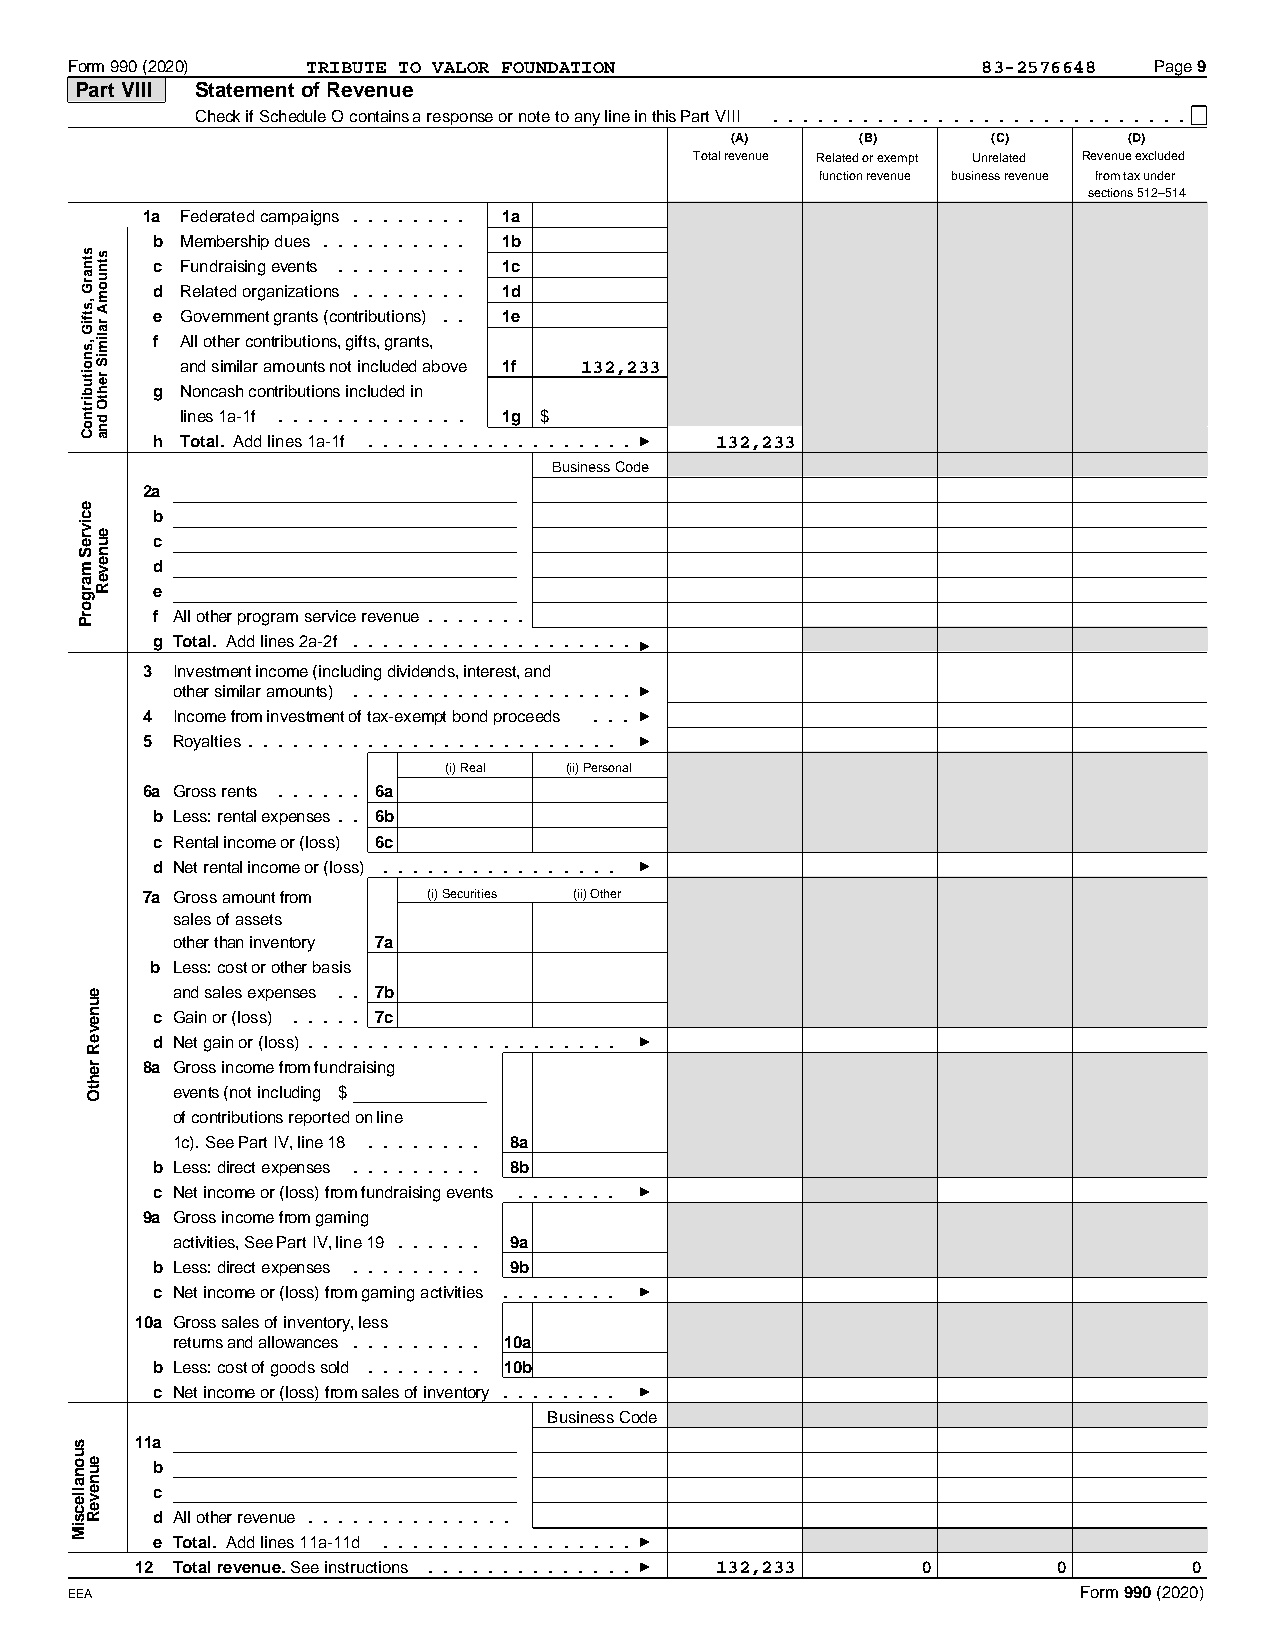
Form 990 (2020) TRIBUTE TO VALOR FOUNDATION                  83-2576648 Page 9
 Part VIII Statement of Revenue
 Check if Schedule O contains a response or note to any line in this Part VIII ............................
 (A)      (B)      (C)      (D)
 Total revenue Related or exempt Unrelated Revenue excluded
 function revenue business revenue from tax under
 sections 512–514
 1a Federated campaigns ........ 1a
 b Membership dues .......... 1b
 c Fundraising events ......... 1c
 d Related organizations ........ 1d
 e Government grants (contributions).. 1e
 f All other contributions, gifts, grants,
 and similar amounts not included above 1f 132,233
 g Noncash contributions included in
 lines 1a-1f ............. 1g $
 h Total. Add lines 1a-1f .................. 132,233
 Business Code
 2a
 b
 c
 d
 e
 f All other program service revenue.......
 g Total. Add lines 2a-2f ...................
 3 Investment income (including dividends, interest, and
 other similar amounts) ...................
 4 Income from investment of tax-exempt bond proceeds ...
 5 Royalties.........................
 (i) Real (ii) Personal
 6a Gross rents ...... 6a
 b Less: rental expenses.. 6b
 c Rental income or (loss) 6c
 d Net rental income or (loss) ................
 7a Gross amount from (i) Securities (ii) Other
 sales of assets
 other than inventory 7a
 b Less: cost or other basis
 and sales expenses .. 7b
 c Gain or (loss) ..... 7c
 d Net gain or (loss).....................
 8a Gross income from fundraising
 events (not including $
 of contributions reported on line
 1c). See Part IV, line 18 ........ 8a
 b Less: direct expenses ......... 8b
 c Net income or (loss) from fundraising events .......
 9a Gross income from gaming
 activities, See Part IV, line 19...... 9a
 b Less: direct expenses ......... 9b
 c Net income or (loss) from gaming activities ........
 10a Gross sales of inventory, less
 returns and allowances......... 10a
 b Less: cost of goods sold ........ 10b
 c Net income or (loss) from sales of inventory........
 Business Code
 11a
 b
 c
 d All other revenue..............
 e Total. Add lines 11a-11d .................
 12 Total revenue. See instructions .............. 132,233 0  0        0
 EEA                                                                 Form 990 (2020)
 suonallecsiM
 stnarG
 ,stfiG
 ,snoitubirtnoC
 ecivreS
 margorP
 euneveR
 rehtO
 euneveR
 stnuomA
 ralimiS
 rehtO
 dna
 euneveR